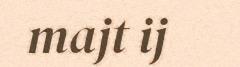
majt ij